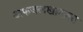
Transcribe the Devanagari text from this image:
अफजलखानाला